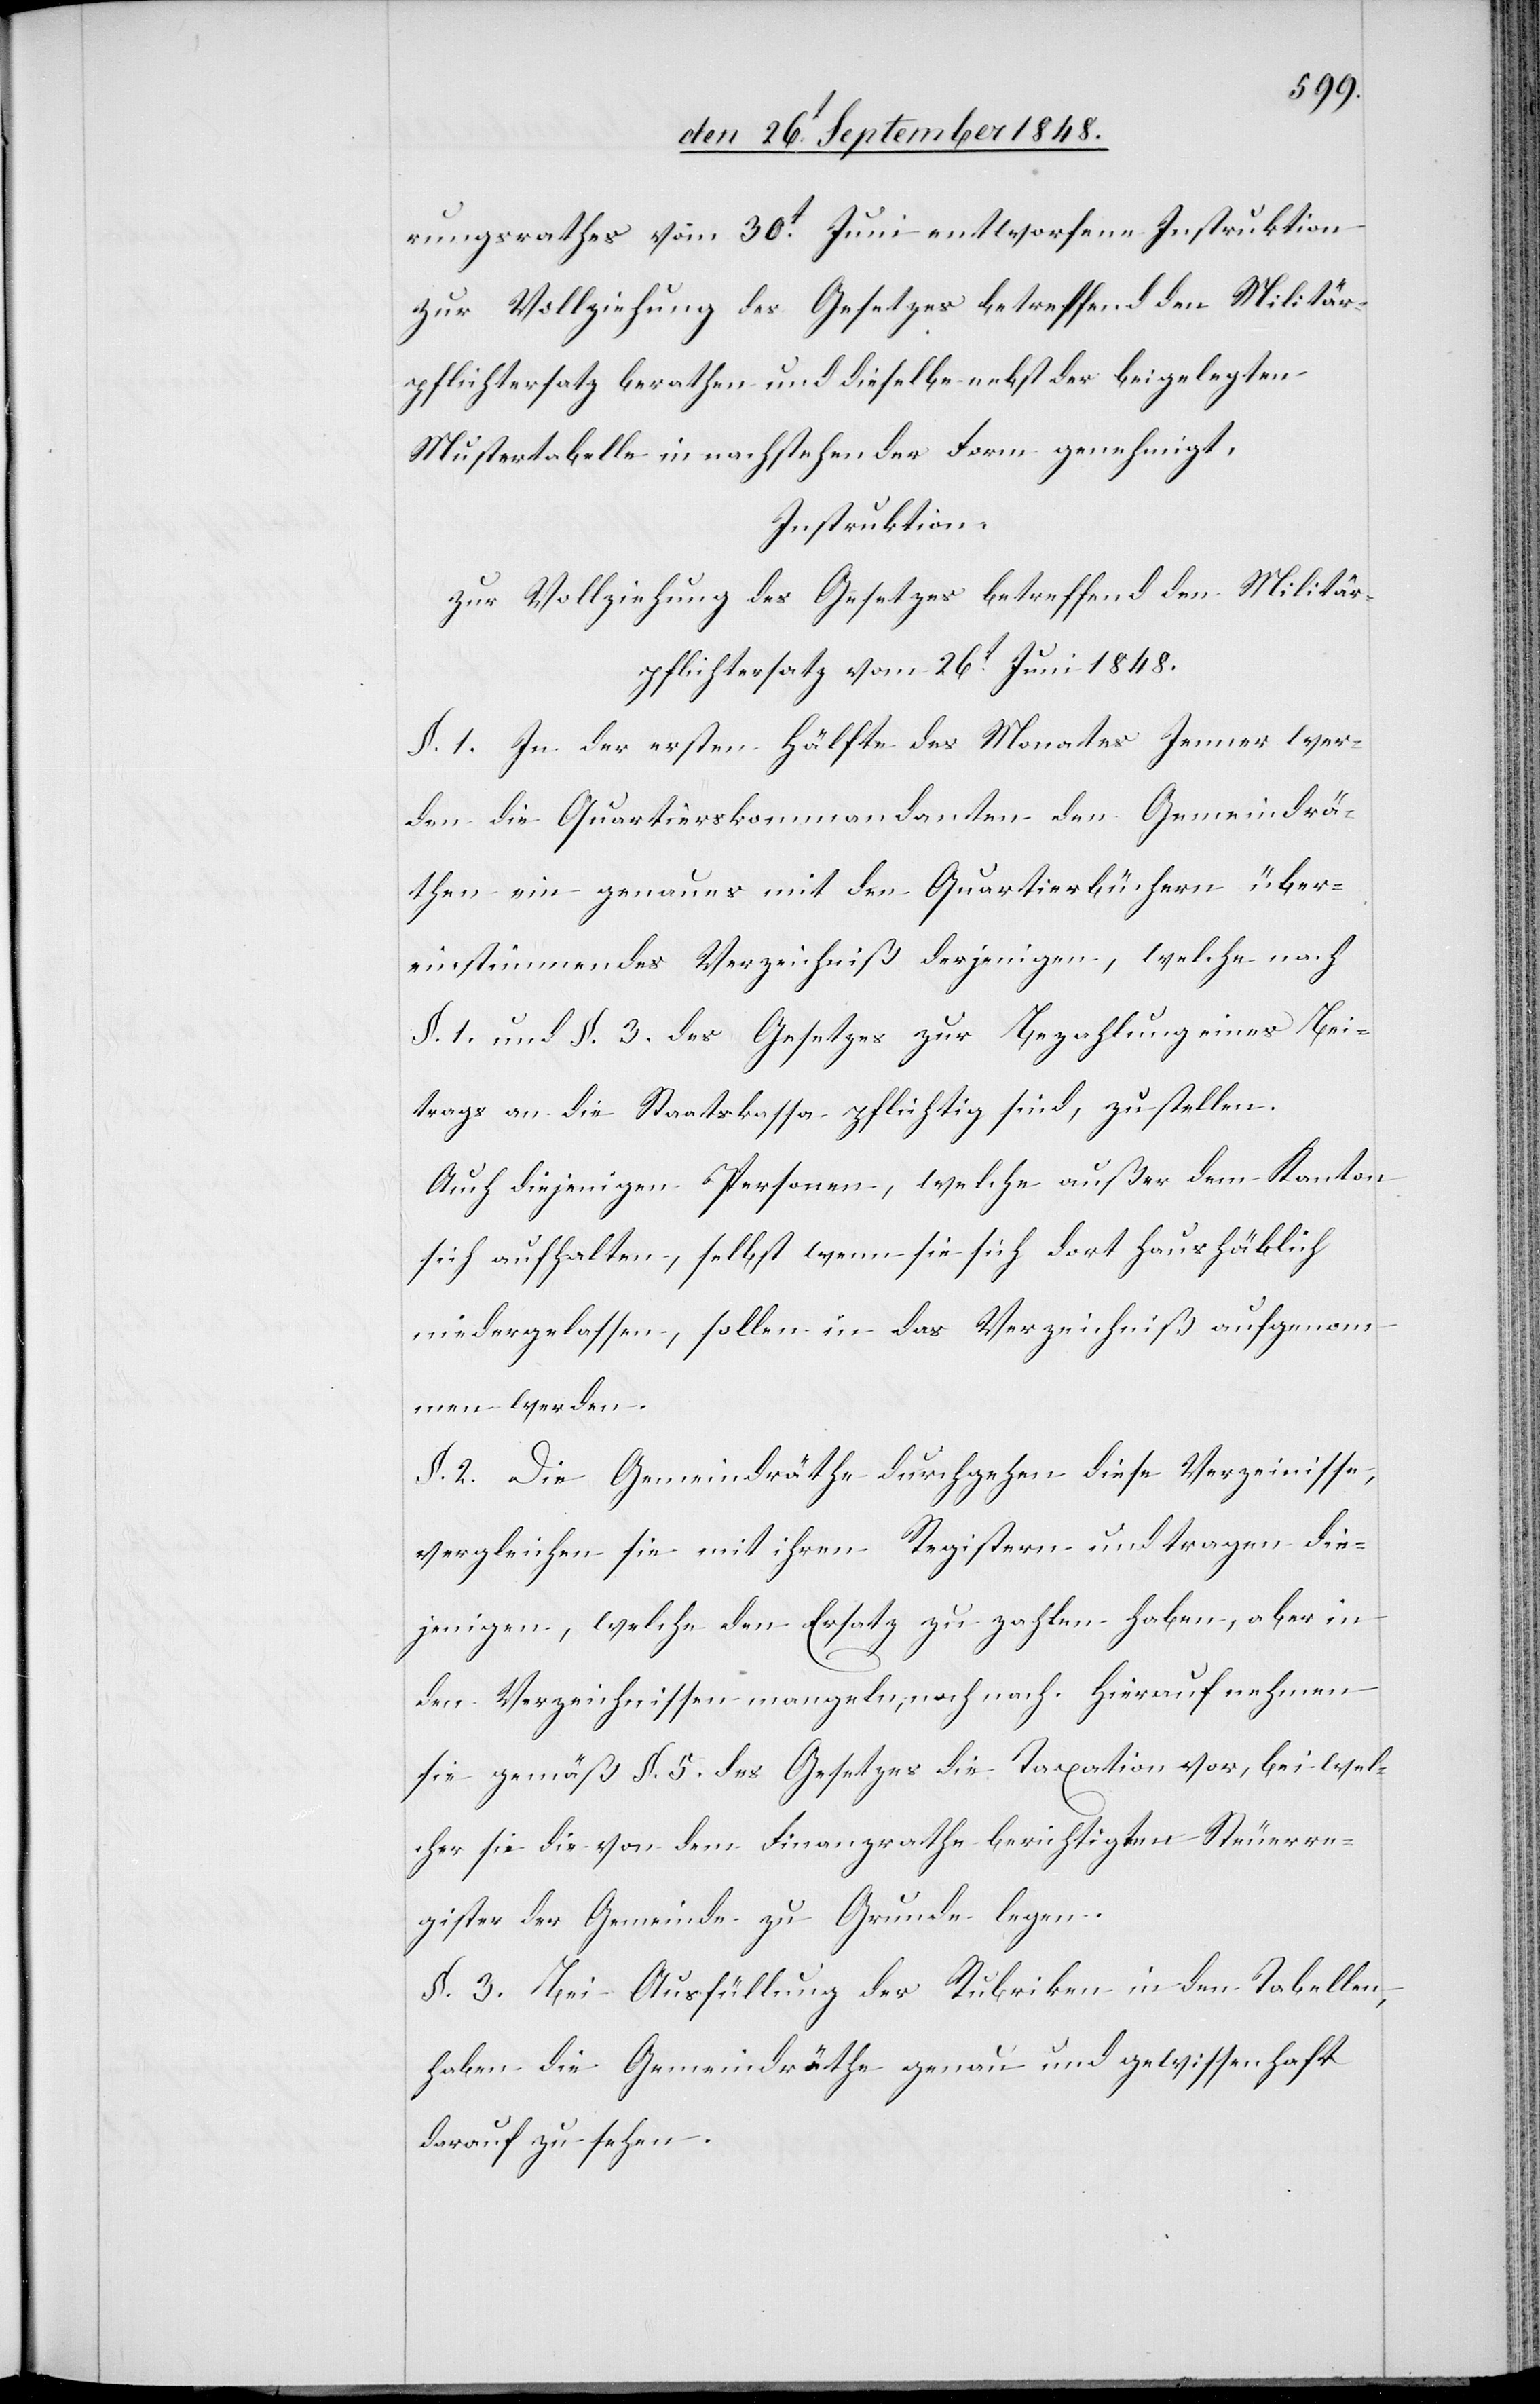
rungsrathes vom 30t Juni entworfenen Instruktion
zur Vollziehung des Gesetzes betreffend den Militär¬
pflichtersatz berathen und dieselbe nebst den beigelegten
Mustertabellen in nachstehender Form genehmigt,
Instruktion:
zur Vollziehung des Gesetzes betreffend den Militär¬
pflichtersatz vom 26t Juni 1848.
§. 1 In der ersten Hälfte des Monates Jenner wer¬
den die Quartierskommandanten den Gemeindrä¬
then ein genaues mit den Quartiersbüchern über¬
einstimmendes Verzeichniß derjenigen, welche nach
§. 1. und §. 3. des Gesetzes zur Bezahlung eines Bei¬
trags an die Staatskassa pflichtig sind, zustellen.
Auch diejenigen Personen, welche außer dem Kanton
sich aufhalten, selbst wenn sie sich dort haushäblich
niedergelassen, sollen in das Verzeichniß aufgenom¬
men werden.
§. 2. Die Gemeimdräthe durchgehen diese Verzei[ch]nisse,
vergleichen sie mit ihren Registern und tragen die¬
jenigen, welche den Ersatz zu zahlen haben, aber in
den Verzeichnissen mangeln, noch nach. Hierauf nehmen
sie gemäß §. 5. des Gesetzes die Taxation vor, bei wel¬
cher sie die von dem Finanzrathe berichtigten Steuerre¬
gister der Gemeinde zu Grunde legen.
§. 3. Bei Ausfüllung der Rubriken in den Tabellen,
haben die Gemeindräthe genau und gewissenhaft
darauf zu sehen.